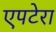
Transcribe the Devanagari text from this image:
एपटेरा